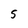
Character: 5